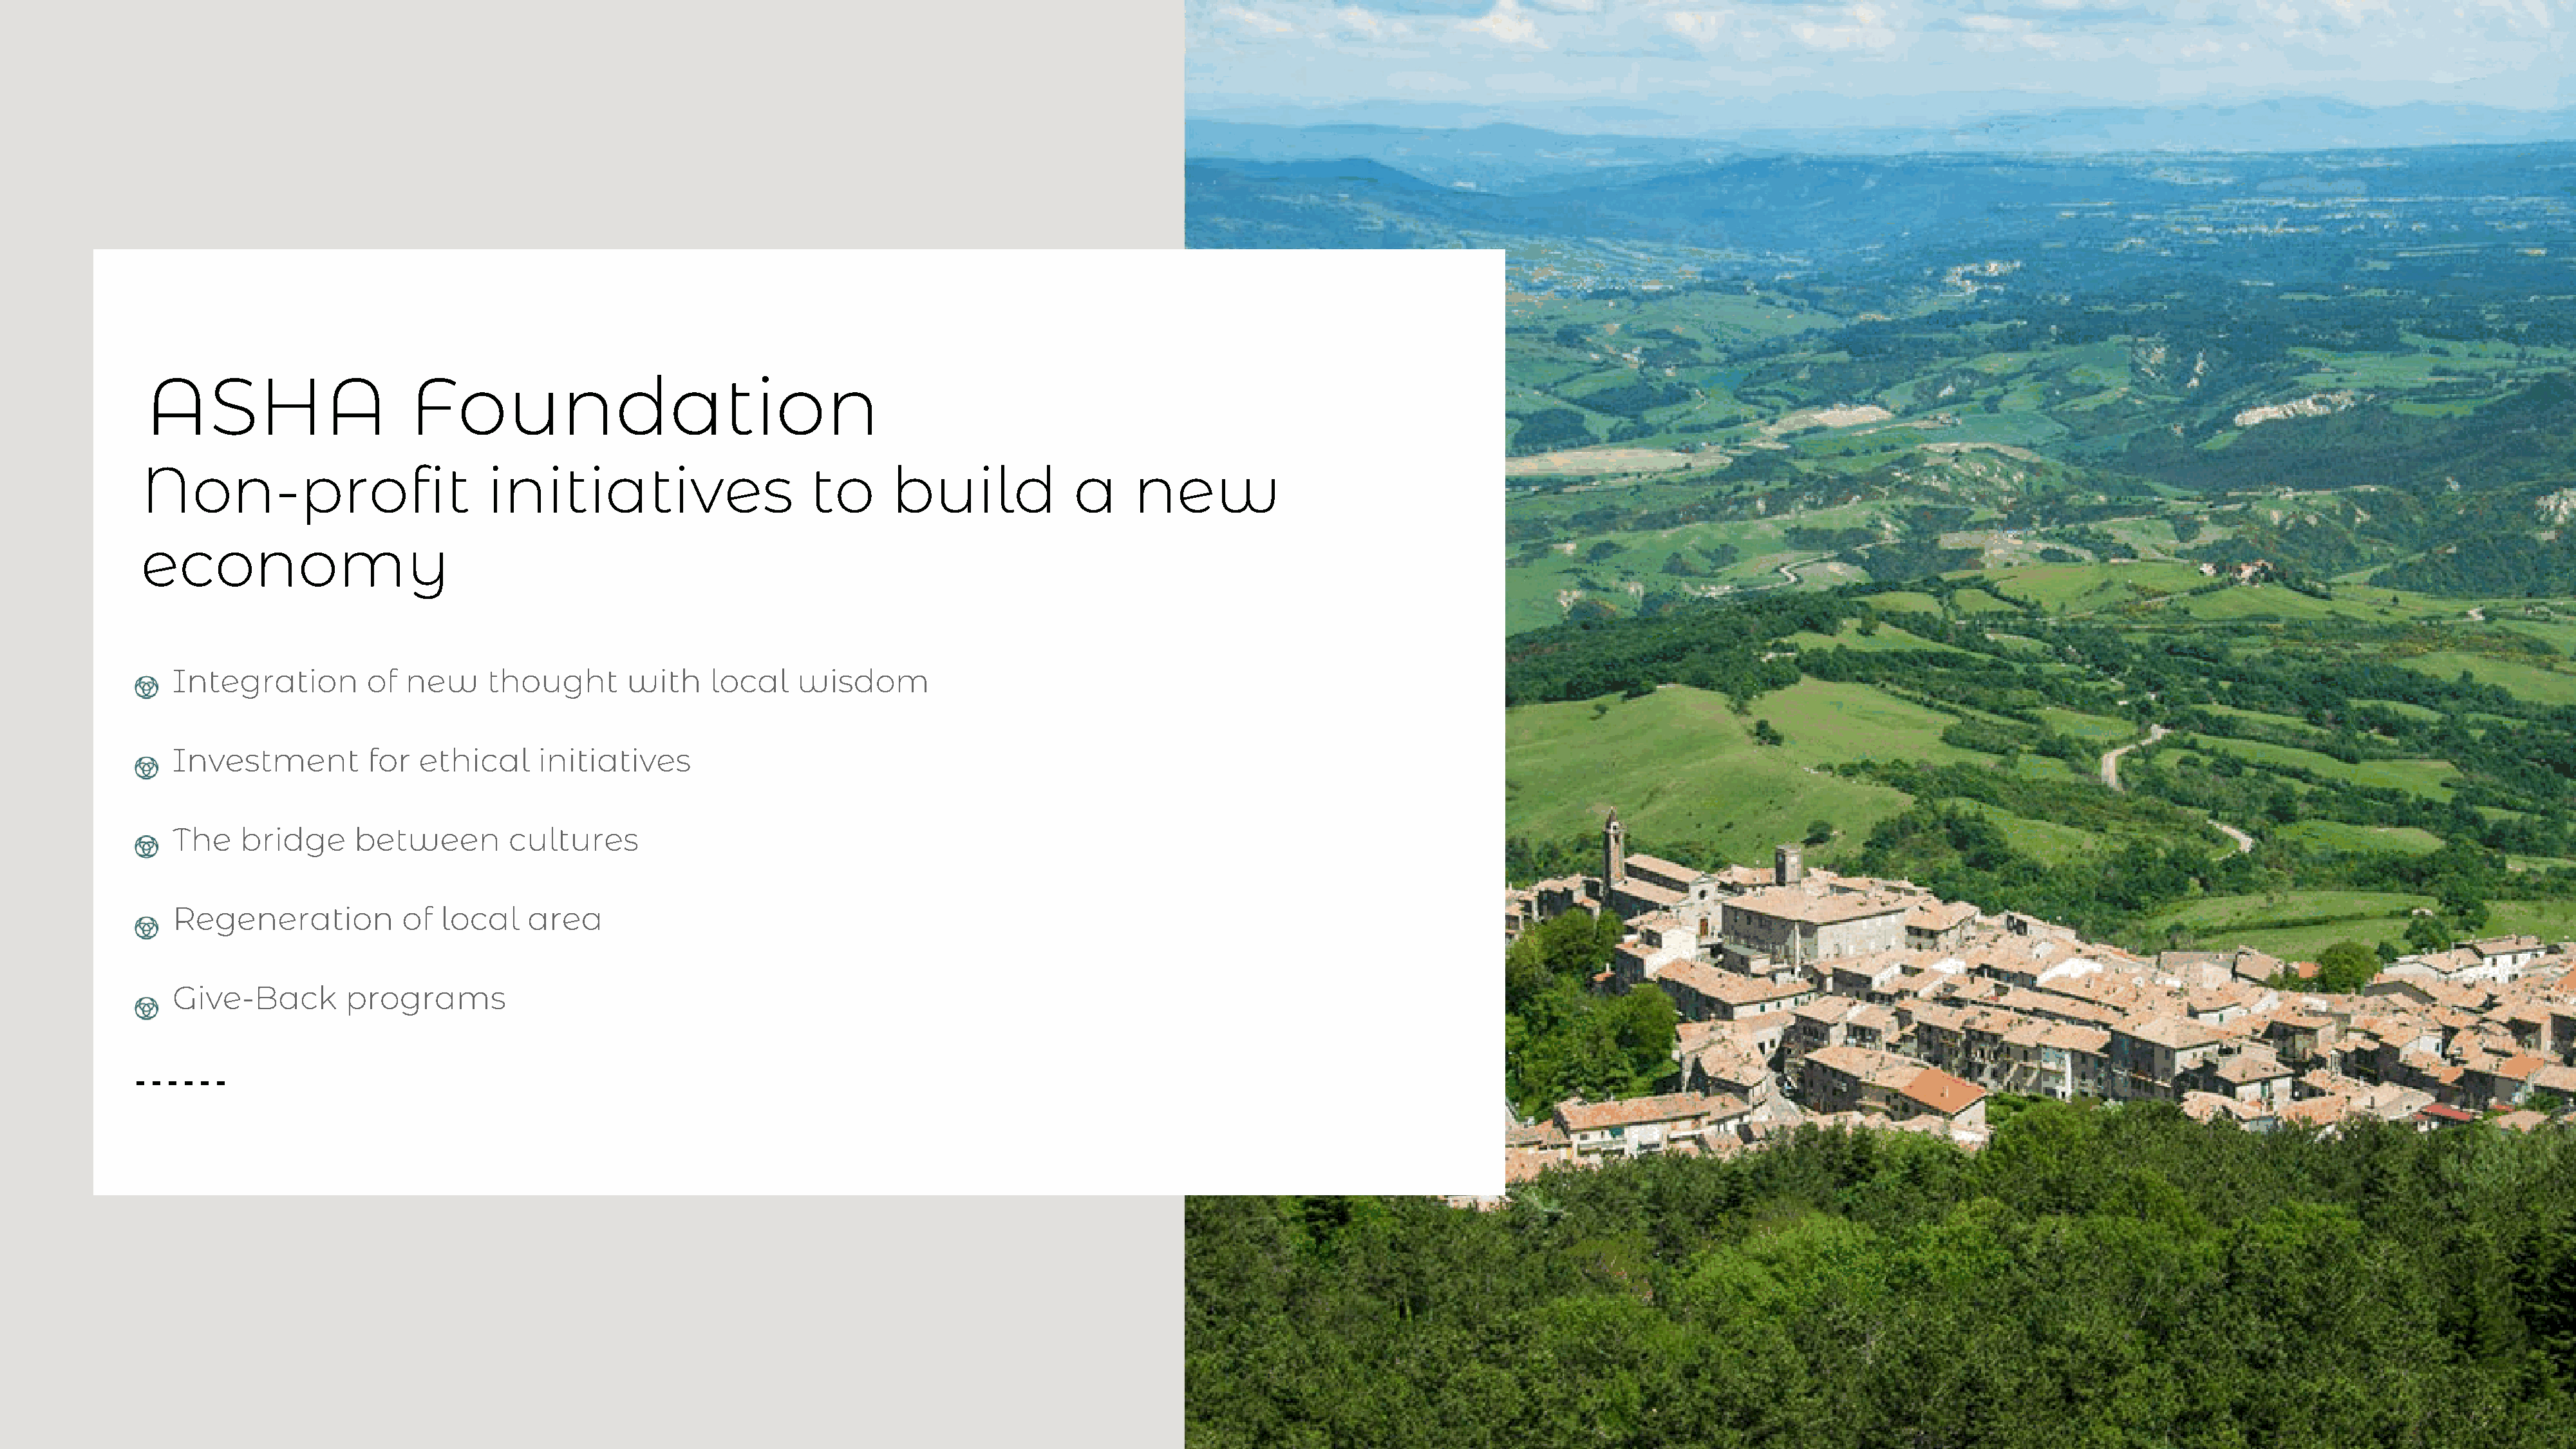
ASHA                       Foundation
 Non-profit                          initiatives                      to       build             a      new
 economy
 Integration         of  new     thought       with     local    wisdom
 Investment          for  ethical     initiatives
 The    bridge     between         cultures
 Regeneration           of  local    area
 Give-Back        programs